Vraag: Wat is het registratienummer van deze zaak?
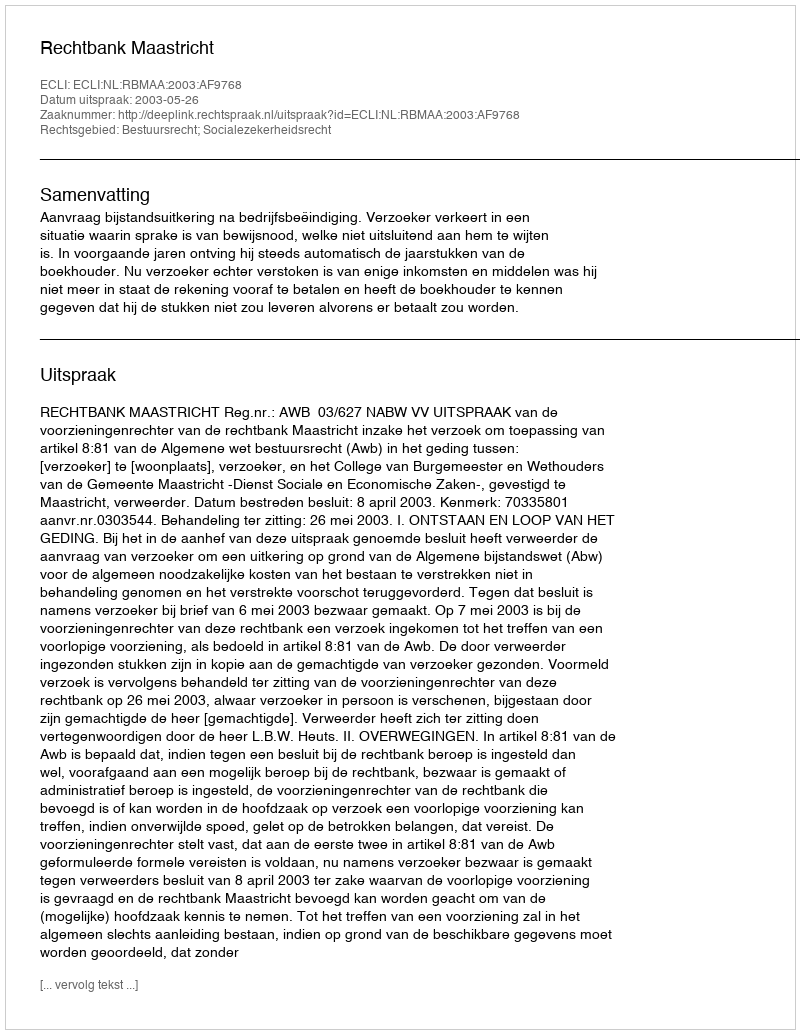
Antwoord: http://deeplink.rechtspraak.nl/uitspraak?id=ECLI:NL:RBMAA:2003:AF9768